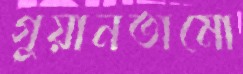
গুয়ানতামো